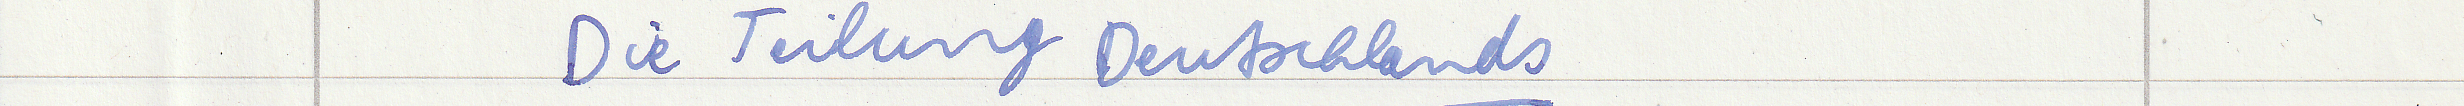
Die Teilung Deutschlands